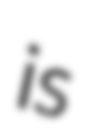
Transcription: is